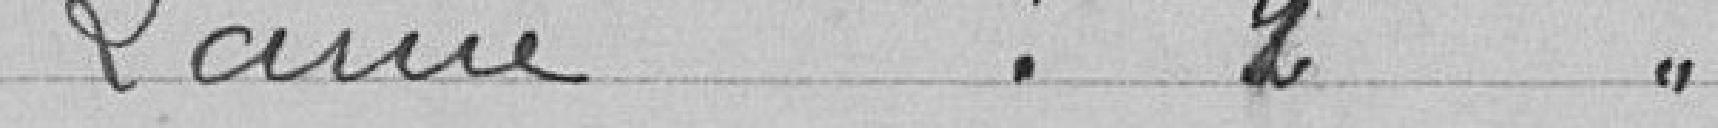
Larue : 2 voix